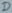
Text: D